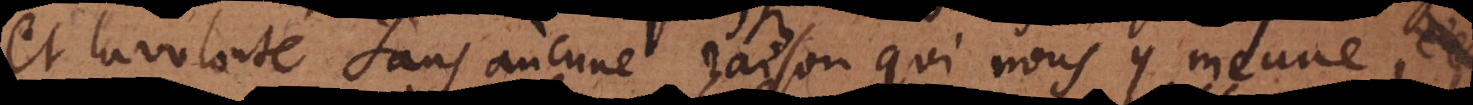
et la volonté sans aucune raison qui nous